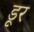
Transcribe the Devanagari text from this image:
डूर